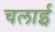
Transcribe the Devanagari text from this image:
चलार्इ